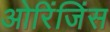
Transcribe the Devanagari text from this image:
ओरिंजिंस